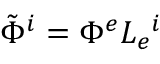
\tilde { \Phi } ^ { i } = \Phi ^ { e } L _ { e } ^ { \phantom { e } i }